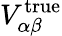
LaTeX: V_{\alpha\beta}^{\mathrm{true}}